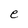
Character: e